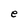
Character: e